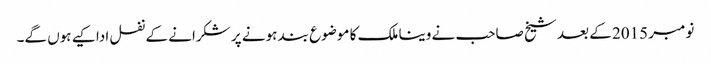
نومبر 2015 کے بعد شیخ صاحب نے وینا ملک کا موضوع بند ہونے پر شکرانے کے نفل ادا کیے ہوں گے۔